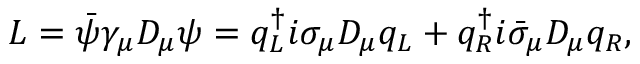
{ \cal L } = \bar { \psi } \gamma _ { \mu } D _ { \mu } \psi = q _ { L } ^ { \dagger } i \sigma _ { \mu } D _ { \mu } q _ { L } + q _ { R } ^ { \dagger } i \bar { \sigma } _ { \mu } D _ { \mu } q _ { R } ,